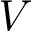
V